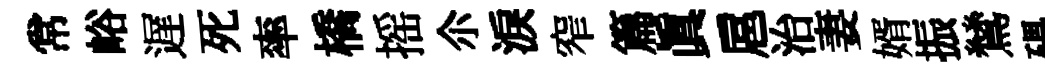
常峪遅死率橋摇尒淚窄篇眞扈治妻婿振鷥礧